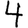
Digit: 4